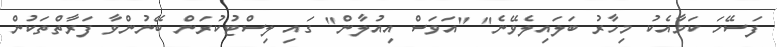
ފަސޭހަ ކަމާއެކު މިހާރު ބަލައިލެވޭނެ" "އަވަސް އިއުލާން" ގައި ލިސްޓުުކުރަން ބޭނުންވާ ފަރާތްތަކުން